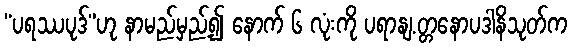
“ပရဿပုဒ်”ဟု နာမည်မှည့်၍ နောက် ၆ လုံးကို ပရာနျ.တ္တနောပဒါနိသုတ်က